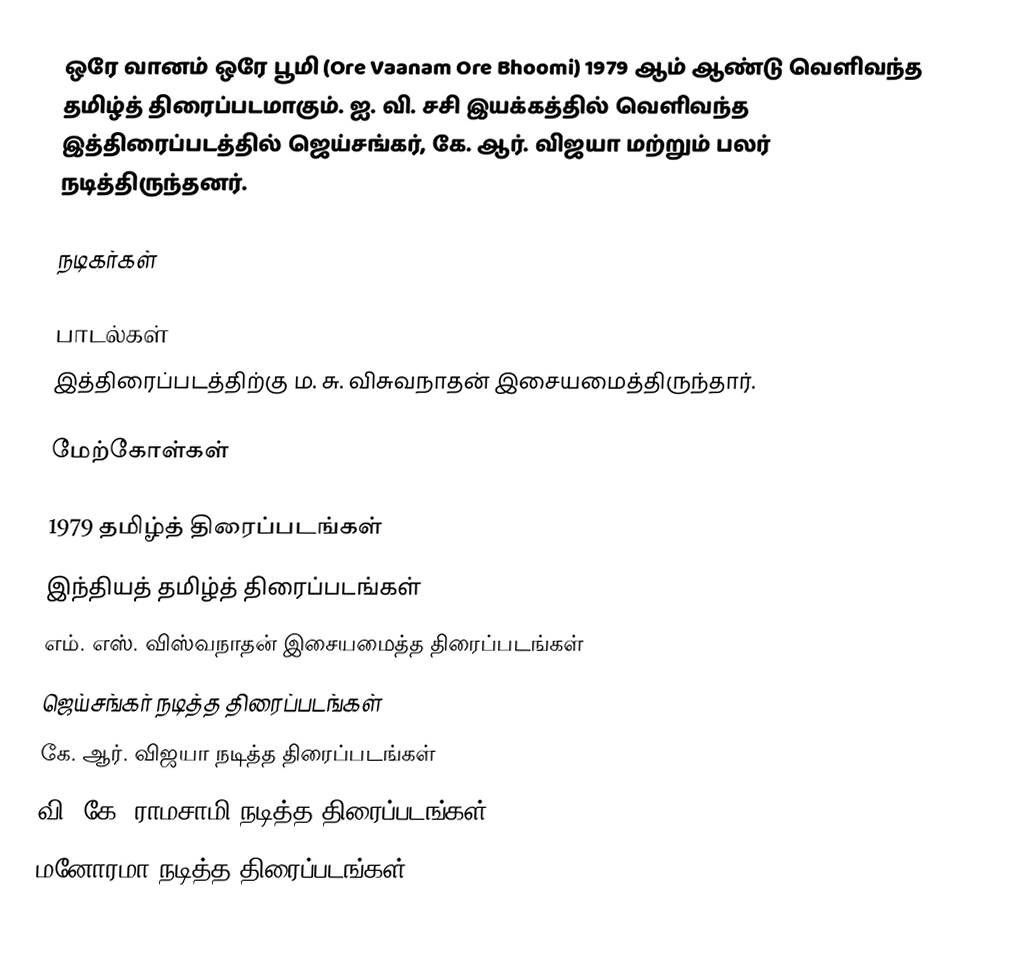
ஒரே வானம் ஒரே பூமி (Ore Vaanam Ore Bhoomi) 1979 ஆம் ஆண்டு வெளிவந்த தமிழ்த் திரைப்படமாகும். ஐ. வி. சசி இயக்கத்தில் வெளிவந்த இத்திரைப்படத்தில் ஜெய்சங்கர், கே. ஆர். விஜயா மற்றும் பலர் நடித்திருந்தனர்.

நடிகர்கள்

பாடல்கள்
இத்திரைப்படத்திற்கு ம. சு. விசுவநாதன் இசையமைத்திருந்தார்.

மேற்கோள்கள்

1979 தமிழ்த் திரைப்படங்கள்
இந்தியத் தமிழ்த் திரைப்படங்கள்
எம். எஸ். விஸ்வநாதன் இசையமைத்த திரைப்படங்கள்
ஜெய்சங்கர் நடித்த திரைப்படங்கள்
கே. ஆர். விஜயா நடித்த திரைப்படங்கள்
வி. கே. ராமசாமி நடித்த திரைப்படங்கள்
மனோரமா நடித்த திரைப்படங்கள்